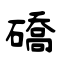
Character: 礄